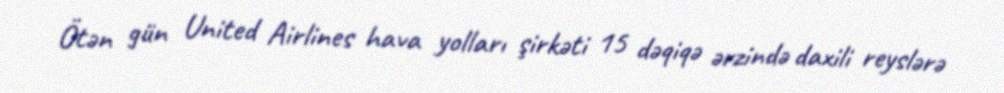
Ötən gün United Airlines hava yolları şirkəti 15 dəqiqə ərzində daxili reyslərə